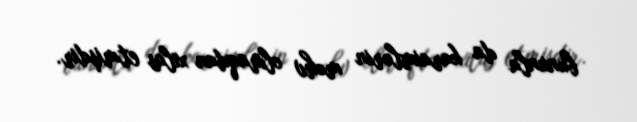
bununla da karaimlərin məhv olmaqdan xilas etmişdir.